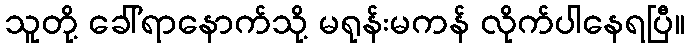
သူတို့ ခေါ်ရာနောက်သို့ မရုန်းမကန် လိုက်ပါနေရပြီ။